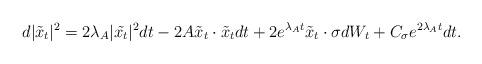
LaTeX: \begin{align*} d|\tilde{x}_t|^2 = 2\lambda_A |\tilde{x_t}|^2 dt - 2 A\tilde{x}_t \cdot \tilde{x}_t dt + 2 e^{\lambda_A t} \tilde{x}_t \cdot \sigma dW_t + C_\sigma e^{2\lambda_A t} dt.\end{align*}